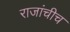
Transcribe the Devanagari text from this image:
राजांचीच